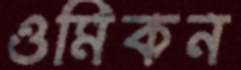
ওমিকন